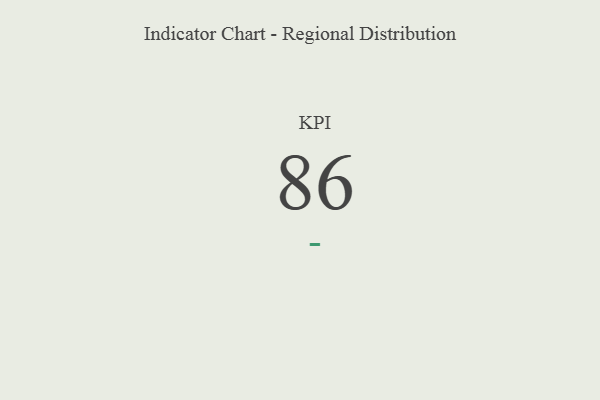
{"axis": {"x": "KPI", "y": "Value"}, "legend": [""], "data": [{"x": "KPI", "y": 86, "type": ""}]}